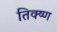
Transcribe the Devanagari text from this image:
तिक्ष्ण